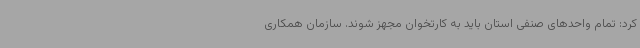
کرد: تمام واحدهای صنفی استان باید به کارتخوان مجهز شوند. سازمان همکاری